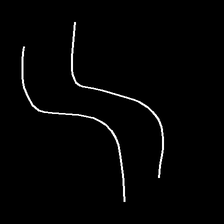
Glyph: float